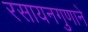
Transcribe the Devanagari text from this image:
रसायनगुणाने